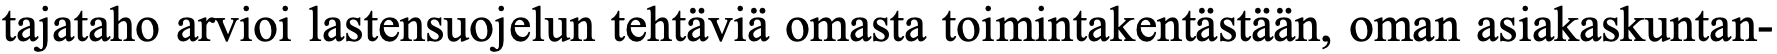
tajataho arvioi lastensuojelun tehtäviä omasta toimintakentästään, oman asiakaskuntan-